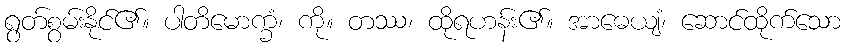
ရွတ်စွမ်းနိုင်၏။ ပါတိမောက္ခံ၊ ကို။ တဿ၊ ထိုရဟန်း၏။ အာဓေယျံ၊ ဆောင်ထိုက်သော